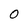
Character: O